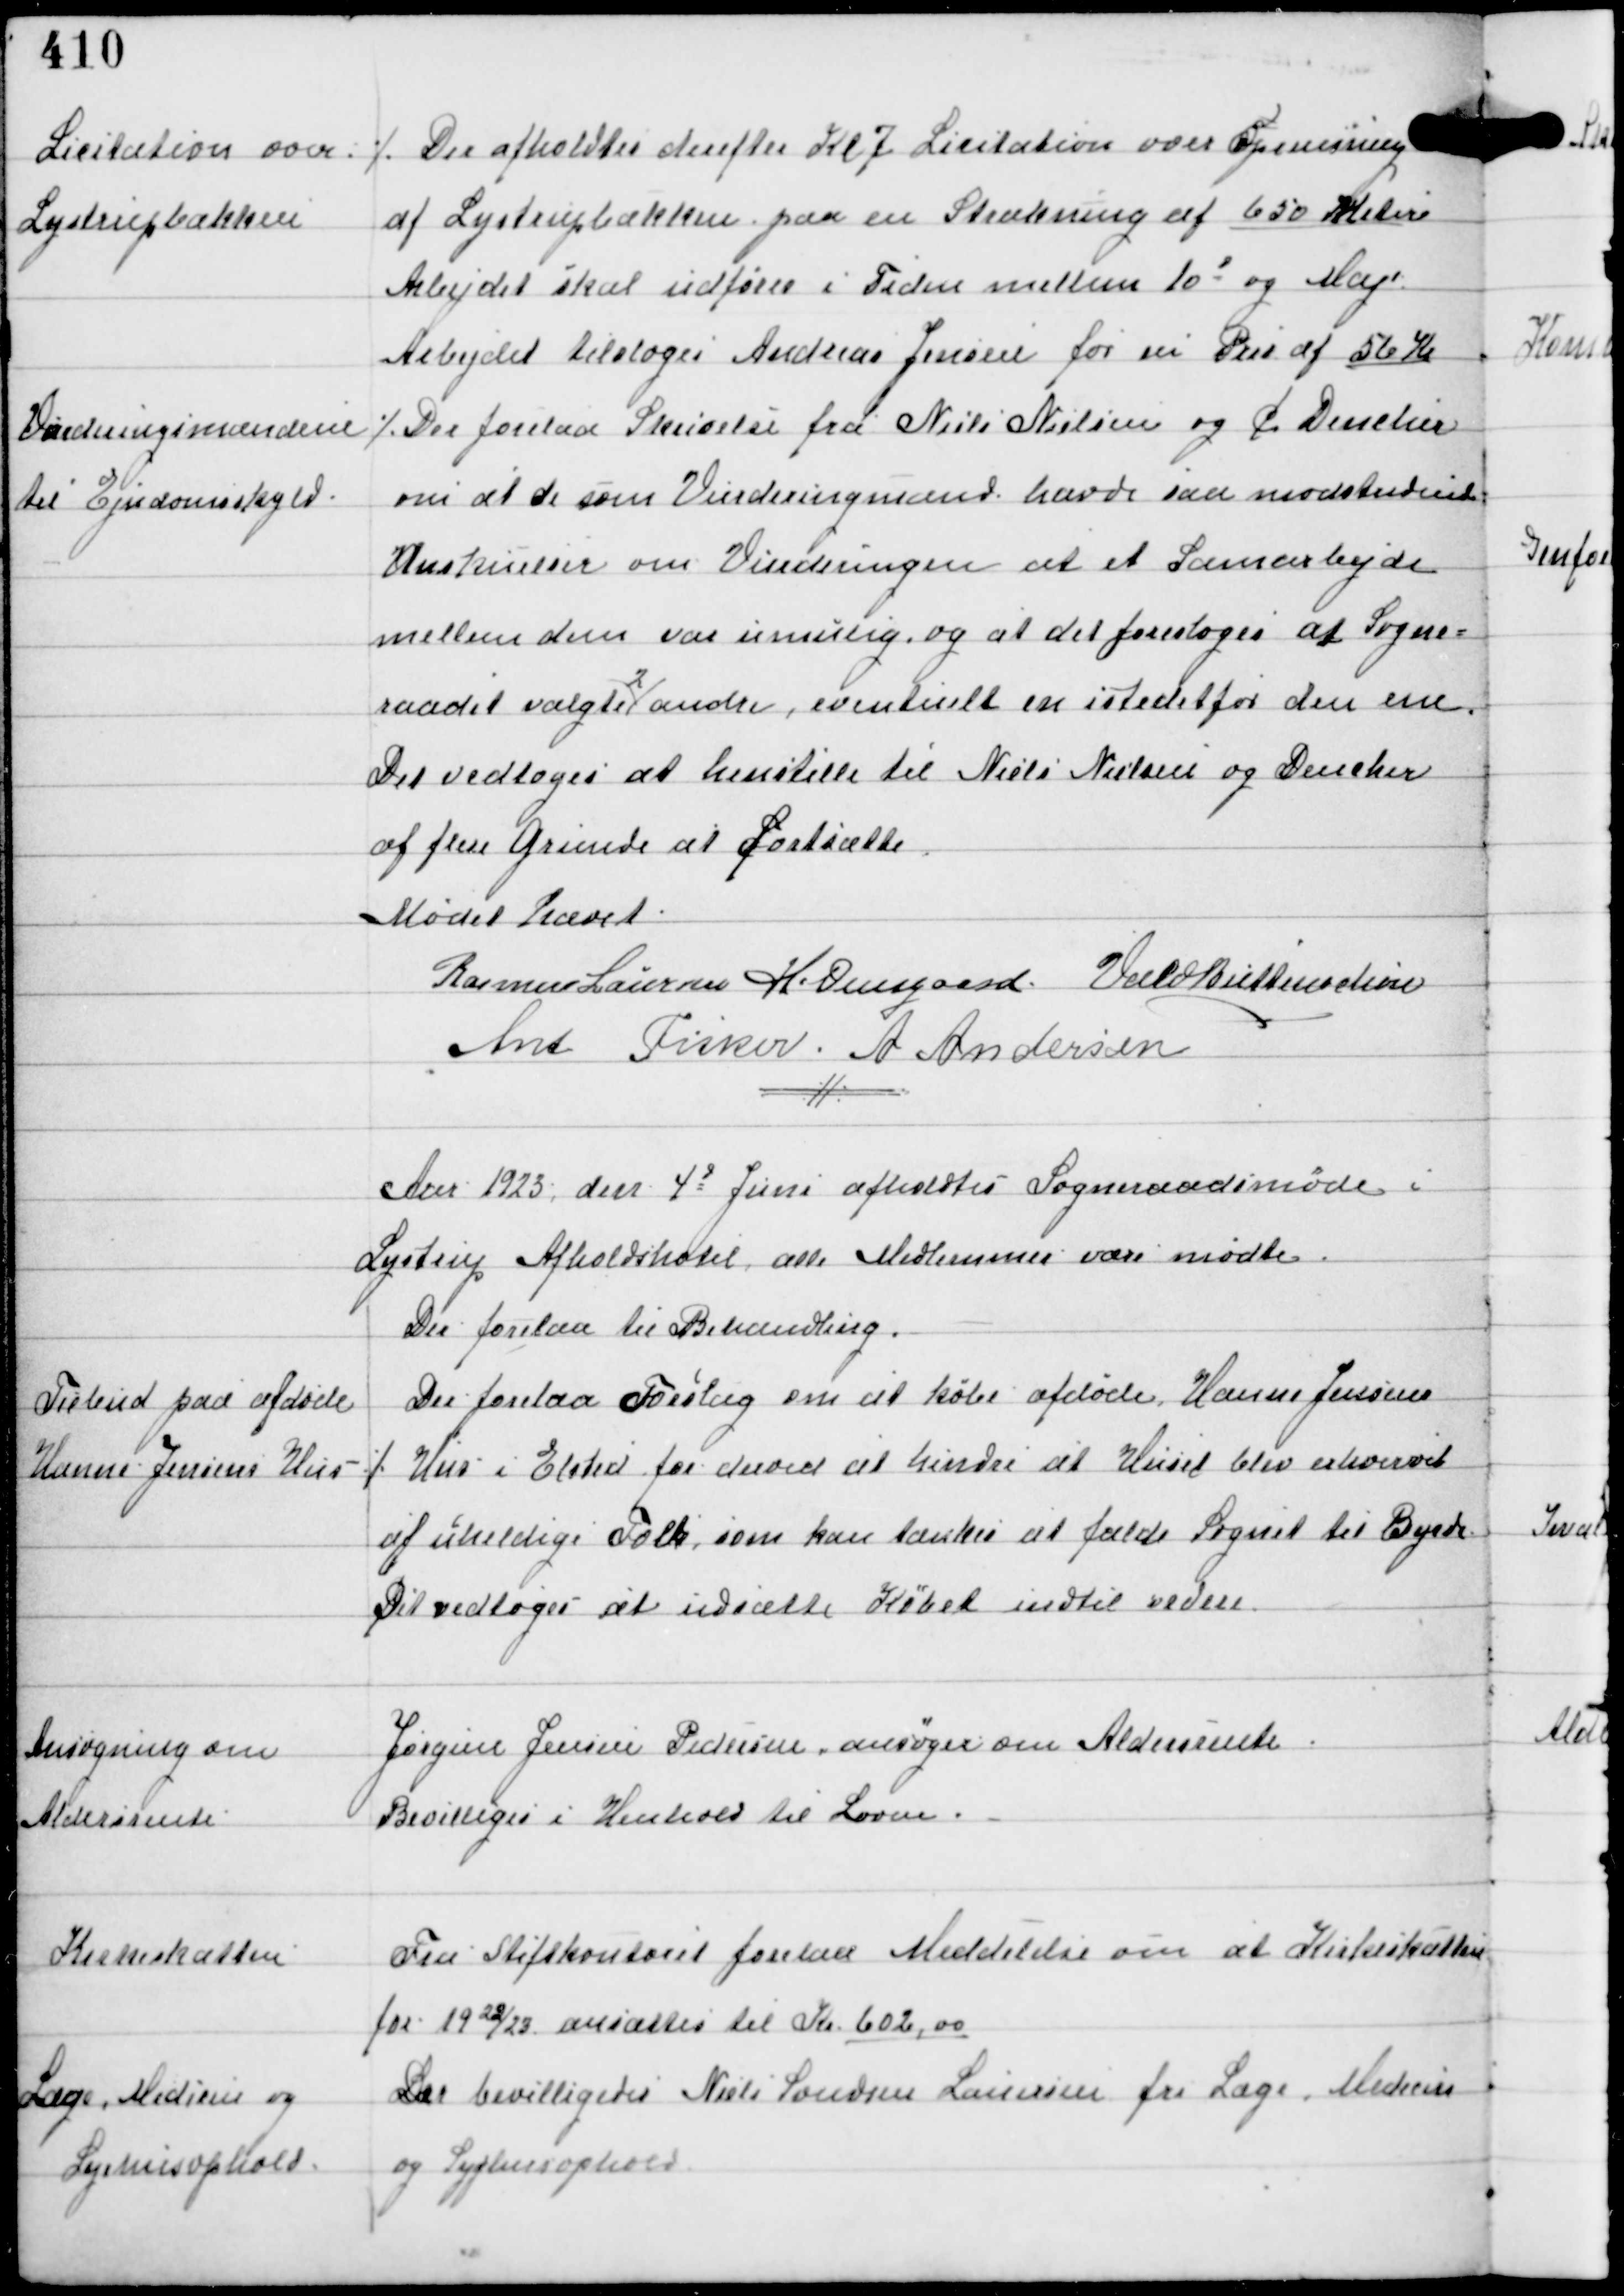
Transskription:
Licitation over
Lystrupbækken

⁒ Der afholdtes derefter Kl 7 Licitation over Oprensning
af Lystrupbækken paa en Strækning af 650 Meter
Arbejdet skal udføres i Tiden mellem 10d og Maj
Arbejdet tilsloges Andreas Jensen for en Pris af 56 Kr

Vurderingsmændene
til Ejendomsskyld.

⁒ Der forelaa Skrivelse fra Niels Nielsen og C Dencker
om at de som Vurderingsmænd havde saa modstridende
Anskuelser om Vurderingen at et Samarbejde
mellem dem var umulig og at det foresloges at Sogne-
raadet valgte
2
andre, eventuelt en istedetfor den ene.
Det vedtoges at henstille til Niels Nielsen og Dencker
af flere Grunde at Fortsætte.

Mødet hævet
Rasmus Laursen H. Overgaard Vald Buttenschøn
Ant Fisker A Andersen

Aar 1923 den 4d Juni afholdtes Sogneraadsmøde i
Lystrup Afholdshotel, alle Medlemmer vare mødte.
Der forelaa til Behandling.

Tilbud paa afdøde
Hanne Jensens Hus ⁒

Der forelaa Forslag om at købe afdøde Hanne Jensens
Hus i Elsted for derved at hindre at Huset blev erhvervet
af uheldige Folk, som kan tænkes at falde Sognet til Byrde
Det vedtoges at udsætte Købet indtil videre.

Ansøgning om
Aldersrente

Jørgine Jensen Pedersen ansøger om Aldersrente
Bevilliges i Henhold til Loven.

Kirkeskatten

Fra Stiftkontoret forelaa Meddelelse om at Kirkeskatten
for 1922/23 ansættes til Kr 602.00

Læge, Medicin og
Syehusophold

Der bevilligedes Niels Svendsen Lauersen for Læge, Medicin
og Syghusophold.